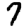
Digit: 7